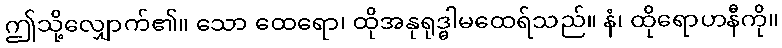
ဤသို့လျှောက်၏။ သော ထေရော၊ ထိုအနုရုဒ္ဓါမထေရ်သည်။ နံ၊ ထိုရောဟနီကို။